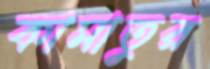
কামাতুর